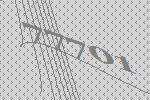
77701